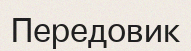
Передовик